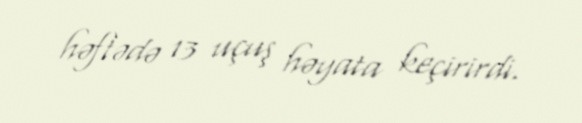
həftədə 13 uçuş həyata keçirirdi.